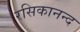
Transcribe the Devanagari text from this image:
रसिकानन्द